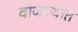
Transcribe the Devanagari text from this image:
वाजण्यात